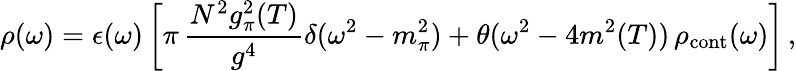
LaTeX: \rho(\omega)=\epsilon(\omega)\left[\pi\, {\frac{N^{2}g_{\pi}^{2}(T)}{g^{4}}}\delta(\omega^{2}-m_{\pi}^{2})+\theta(\omega^{2}-4m^{2}(T))\, \rho_{\mathrm{cont}}(\omega)\right]\, ,